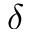
\delta